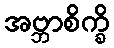
အဗ္ဘာစိက္ခိ